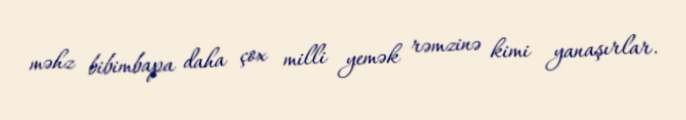
məhz bibimbapa daha çox milli yemək rəmzinə kimi yanaşırlar.